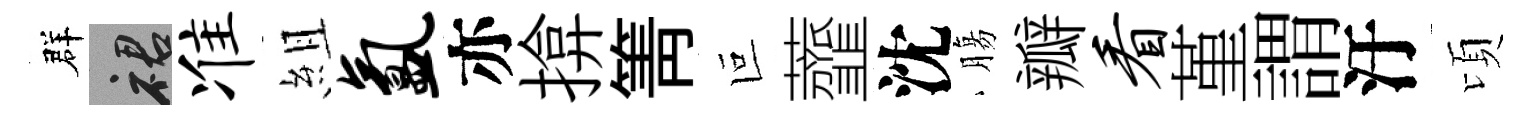
群裙准組氲亦揜箐叵虀沈膓瓣看堇謂汙頃